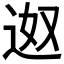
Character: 𮞎